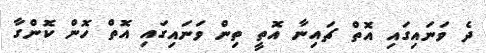
ދެ ވަނައިގައި އޮތް ޗައިނާ އޮތީ ތިން ވަނައިގައި އޮތް ހޮން ކޮންގާ